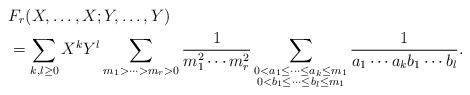
LaTeX: \begin{align*}&F_r(X,\ldots,X;Y,\ldots,Y)\\&=\sum_{k,l\geq 0}X^{k}Y^{l}\sum_{m_1>\cdots>m_r>0}\frac{1}{m_1^2\cdots m_r^2}\sum_{\substack{0<a_1\leq\cdots\leq a_k\leq m_1\\ 0<b_1\leq\cdots\leq b_l\leq m_1}}\frac{1}{a_1\cdots a_k b_1\cdots b_l}. \end{align*}